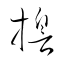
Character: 誓